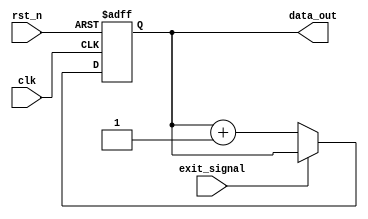
module RepeatLoop (
    input wire clk,           // Clock signal
    input wire rst_n,        // Active-low reset
    input wire exit_signal,   // Signal to exit the loop
    output reg [7:0] data_out // Example output data
);

    // Initialization
    initial begin
        data_out = 8'b0; // Initialize data_out
    end

    always @(posedge clk or negedge rst_n) begin
        if (!rst_n) begin
            // Reset condition
            data_out <= 8'b0; // Reset output data
        end else begin
            // Repeat Loop
            if (!exit_signal) begin
                // Perform continuous operations
                // Example: simple counter
                data_out <= data_out + 1; // Increment data_out
            end else begin
                // Exit condition met, you can implement any additional logic here if needed
                // For example: Reset output or hold a final state
            end
        end
    end

endmodule